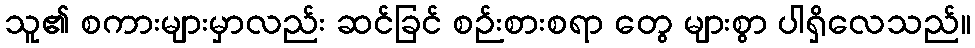
သူ၏ စကားများမှာလည်း ဆင်ခြင် စဉ်းစားစရာ တွေ များစွာ ပါရှိလေသည်။